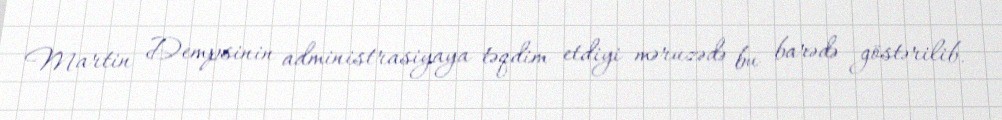
Martin Dempsinin administrasiyaya təqdim etdiyi məruzədə bu barədə göstərilib.